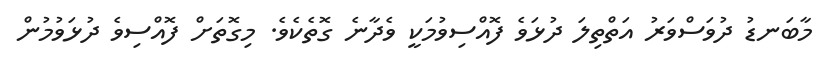
މާބަނޑު ދުވަސްވަރު އަތްތިލަ ދުޅަވެ ފޮއްސިވުމަކީ ވެދާނެ ގޮތެކެވެ. މިގޮތަށް ފޮއްސިވެ ދުޅަވުމުން